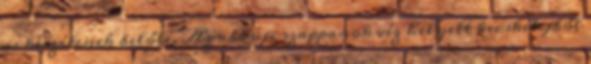
is készítenek belőle. Az abaúji szappanok víz helyett kecske­tejből